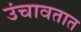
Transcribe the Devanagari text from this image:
उंचावतात